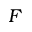
F